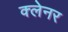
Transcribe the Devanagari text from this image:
क्लेनर